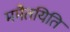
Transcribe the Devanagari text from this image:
ममैतयिति